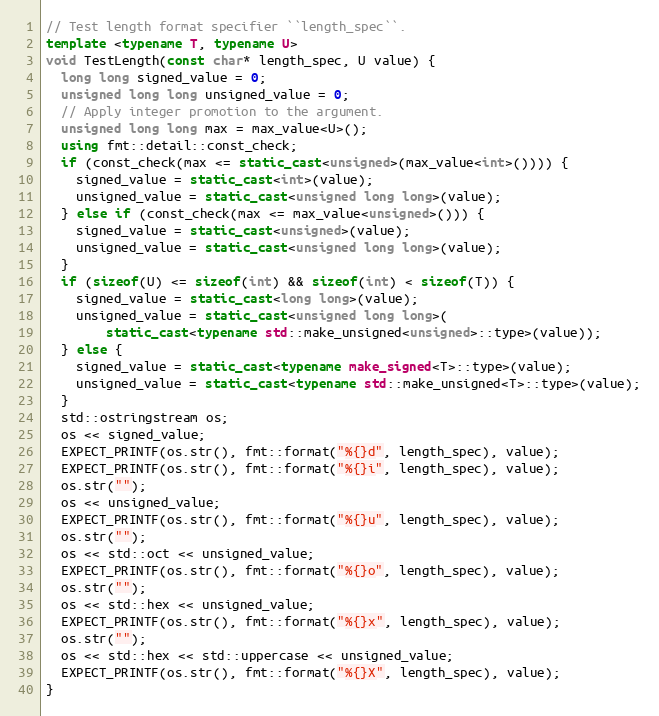
Language: C++
// Test length format specifier ``length_spec``.
template <typename T, typename U>
void TestLength(const char* length_spec, U value) {
  long long signed_value = 0;
  unsigned long long unsigned_value = 0;
  // Apply integer promotion to the argument.
  unsigned long long max = max_value<U>();
  using fmt::detail::const_check;
  if (const_check(max <= static_cast<unsigned>(max_value<int>()))) {
    signed_value = static_cast<int>(value);
    unsigned_value = static_cast<unsigned long long>(value);
  } else if (const_check(max <= max_value<unsigned>())) {
    signed_value = static_cast<unsigned>(value);
    unsigned_value = static_cast<unsigned long long>(value);
  }
  if (sizeof(U) <= sizeof(int) && sizeof(int) < sizeof(T)) {
    signed_value = static_cast<long long>(value);
    unsigned_value = static_cast<unsigned long long>(
        static_cast<typename std::make_unsigned<unsigned>::type>(value));
  } else {
    signed_value = static_cast<typename make_signed<T>::type>(value);
    unsigned_value = static_cast<typename std::make_unsigned<T>::type>(value);
  }
  std::ostringstream os;
  os << signed_value;
  EXPECT_PRINTF(os.str(), fmt::format("%{}d", length_spec), value);
  EXPECT_PRINTF(os.str(), fmt::format("%{}i", length_spec), value);
  os.str("");
  os << unsigned_value;
  EXPECT_PRINTF(os.str(), fmt::format("%{}u", length_spec), value);
  os.str("");
  os << std::oct << unsigned_value;
  EXPECT_PRINTF(os.str(), fmt::format("%{}o", length_spec), value);
  os.str("");
  os << std::hex << unsigned_value;
  EXPECT_PRINTF(os.str(), fmt::format("%{}x", length_spec), value);
  os.str("");
  os << std::hex << std::uppercase << unsigned_value;
  EXPECT_PRINTF(os.str(), fmt::format("%{}X", length_spec), value);
}